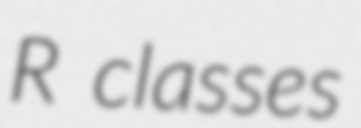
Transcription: R classes